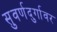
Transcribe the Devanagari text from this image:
सुवर्णदुर्गावर